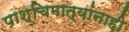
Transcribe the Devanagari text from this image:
पाश्चिमात्यांनाही